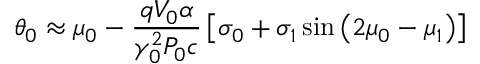
\theta _ { 0 } \approx \mu _ { 0 } - \frac { q V _ { 0 } \alpha } { \gamma _ { 0 } ^ { 2 } P _ { 0 } c } \left[ \sigma _ { 0 } + \sigma _ { 1 } \sin \left( 2 \mu _ { 0 } - \mu _ { 1 } \right) \right]